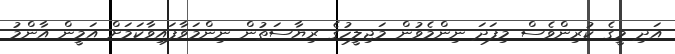
އަދި މީގެ ކުރިންވެސް މިފަދަ ނިންމެވުން މަޖިލީހުގެ ރިޔާސަތުން ނިންމަވާފައިވާކަމަށް އަމީން އާންމު